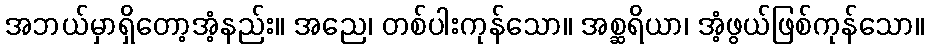
အဘယ်မှာရှိတော့အံ့နည်း။ အညေ၊ တစ်ပါးကုန်သော။ အစ္ဆရိယာ၊ အံ့ဖွယ်ဖြစ်ကုန်သော။